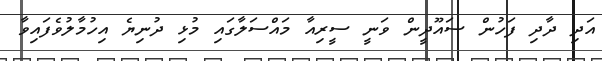
އަދި ދާދި ފަހުން ސައޫދީން ވަނީ ސީރިއާ މައްސަލާގައި މުޅި ދުނިޔެ އިހުމާލުވެފައިވާ